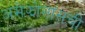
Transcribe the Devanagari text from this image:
अमेझोनासची